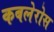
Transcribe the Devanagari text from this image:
कबलेरोस